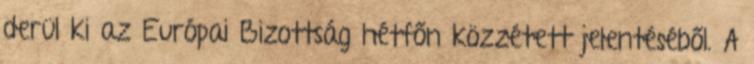
derül ki az Európai Bizottság hétfőn közzétett jelentéséből. A